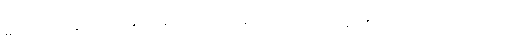
ဆက်တိုက်ဆိုသလို ဆွတ်ခူးတဲ့အထိ မန္တလေးစာဆိုတွေရဲ့ စန်းက တောက်ပခဲ့ပါတယ်။